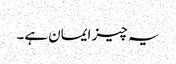
یہ چیز ایمان ہے۔